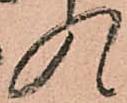
入